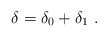
\begin{align*}\delta = \delta_0 + \delta_1 \ .\end{align*}